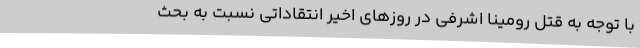
با توجه به قتل رومینا اشرفی در روزهای اخیر انتقاداتی نسبت به بحث